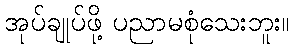
အုပ်ချုပ်ဖို့ ပညာမစုံသေးဘူး။